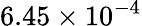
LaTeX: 6.45\times 10^{-4}